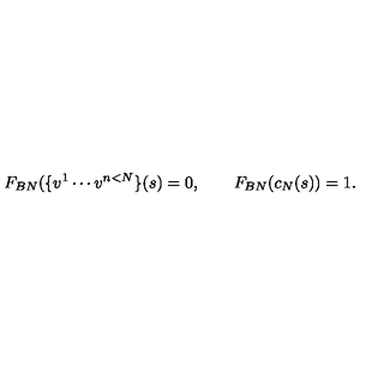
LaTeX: F _ { B N } ( \{ v ^ { 1 } \cdots v ^ { n < N } \} ( s ) = 0 , \qquad F _ { B N } ( c _ { N } ( s ) ) = 1 .